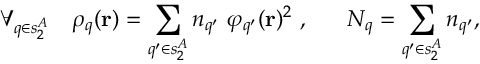
\forall _ { q \in s _ { 2 } ^ { A } } \ \ \ \rho _ { q } ( \mathbf { r } ) = \sum _ { q ^ { \prime } \in s _ { 2 } ^ { A } } n _ { q ^ { \prime } } \ \varphi _ { q ^ { \prime } } ( \mathbf { r } ) ^ { 2 } \ , \ \ \ \ \ N _ { q } = \sum _ { q ^ { \prime } \in s _ { 2 } ^ { A } } n _ { q ^ { \prime } } ,